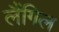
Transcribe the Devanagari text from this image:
लैंगिल